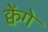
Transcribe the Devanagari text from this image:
क्वेंगे